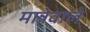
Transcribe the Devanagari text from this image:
मान्नेवाले